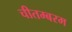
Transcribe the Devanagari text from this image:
चीतम्बरम